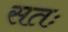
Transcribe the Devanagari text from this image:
सतः